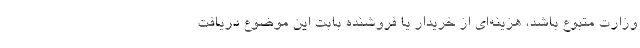
وزارت متبوع باشد، هزینه‌ای از خریدار یا فروشنده بابت این موضوع دریافت